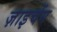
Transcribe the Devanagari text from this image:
ज़ाइचेंग